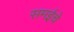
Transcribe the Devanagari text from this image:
समईचे